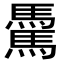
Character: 𩥋